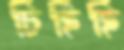
চিঁহিঁহিঁ